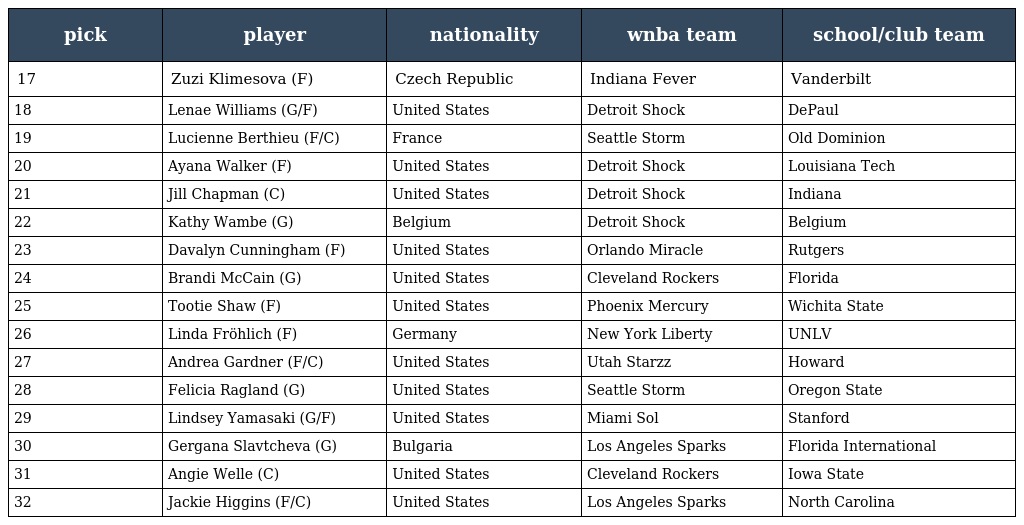
| pick | player | nationality | wnba team | school/club team |
 | --- | --- | --- | --- | --- |
 | 17 | Zuzi Klimesova (F) | Czech Republic | Indiana Fever | Vanderbilt |
 | 18 | Lenae Williams (G/F) | United States | Detroit Shock | DePaul |
 | 19 | Lucienne Berthieu (F/C) | France | Seattle Storm | Old Dominion |
 | 20 | Ayana Walker (F) | United States | Detroit Shock | Louisiana Tech |
 | 21 | Jill Chapman (C) | United States | Detroit Shock | Indiana |
 | 22 | Kathy Wambe (G) | Belgium | Detroit Shock | Belgium |
 | 23 | Davalyn Cunningham (F) | United States | Orlando Miracle | Rutgers |
 | 24 | Brandi McCain (G) | United States | Cleveland Rockers | Florida |
 | 25 | Tootie Shaw (F) | United States | Phoenix Mercury | Wichita State |
 | 26 | Linda Fröhlich (F) | Germany | New York Liberty | UNLV |
 | 27 | Andrea Gardner (F/C) | United States | Utah Starzz | Howard |
 | 28 | Felicia Ragland (G) | United States | Seattle Storm | Oregon State |
 | 29 | Lindsey Yamasaki (G/F) | United States | Miami Sol | Stanford |
 | 30 | Gergana Slavtcheva (G) | Bulgaria | Los Angeles Sparks | Florida International |
 | 31 | Angie Welle (C) | United States | Cleveland Rockers | Iowa State |
 | 32 | Jackie Higgins (F/C) | United States | Los Angeles Sparks | North Carolina |